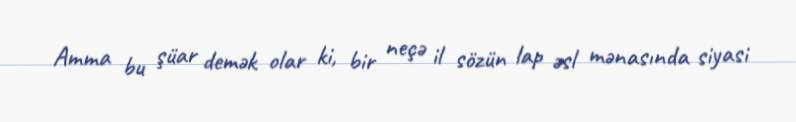
Amma bu şüar demək olar ki, bir neçə il sözün lap əsl mənasında siyasi